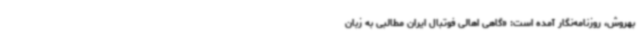
بهروش، روزنامه‌نگار آمده است: «گاهی اهالی فوتبال ایران مطالبی به زبان